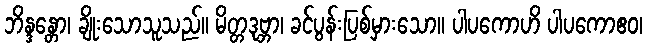
ဘိန္ဒန္တော၊ ချိုးသောသူသည်။ မိတ္တဒုဗ္ဘာ၊ ခင်ပွန်းပြစ်မှားသော။ ပါပကောဟိ ပါပကောဧဝ၊